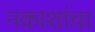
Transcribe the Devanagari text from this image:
नकाशांचा